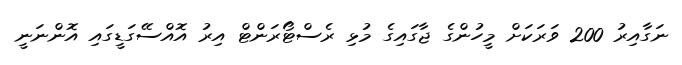
ނަގާއިރު 200 ވަރަކަށް މީހުންގެ ޖާގައިގެ މުޅި ރެސްޓޯރަންޓް އިރު އޮއްސޭގަޑީގައި އޮންނަނީ